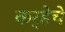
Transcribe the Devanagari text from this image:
कर्‍हेचे